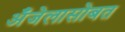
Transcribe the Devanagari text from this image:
अँजेलासोबत